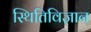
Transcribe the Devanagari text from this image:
स्थितिविज्ञान